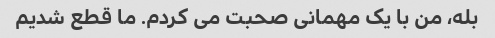
بله، من با یک مهمانی صحبت می کردم. ما قطع شدیم